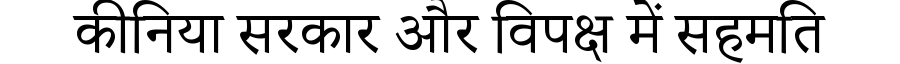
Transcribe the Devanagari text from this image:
कीनिया सरकार और विपक्ष में सहमति